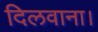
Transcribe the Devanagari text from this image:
दिलवाना।